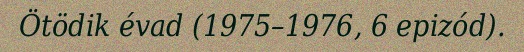
Ötödik évad (1975–1976, 6 epizód).